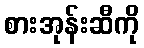
စားအုန်းဆီကို